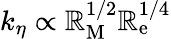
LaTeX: k_{\eta}\propto\mathbb{R}_{\mathrm{{M}}}^{1/2}\mathbb{R}_{\mathrm{{e}}}^{1/4}